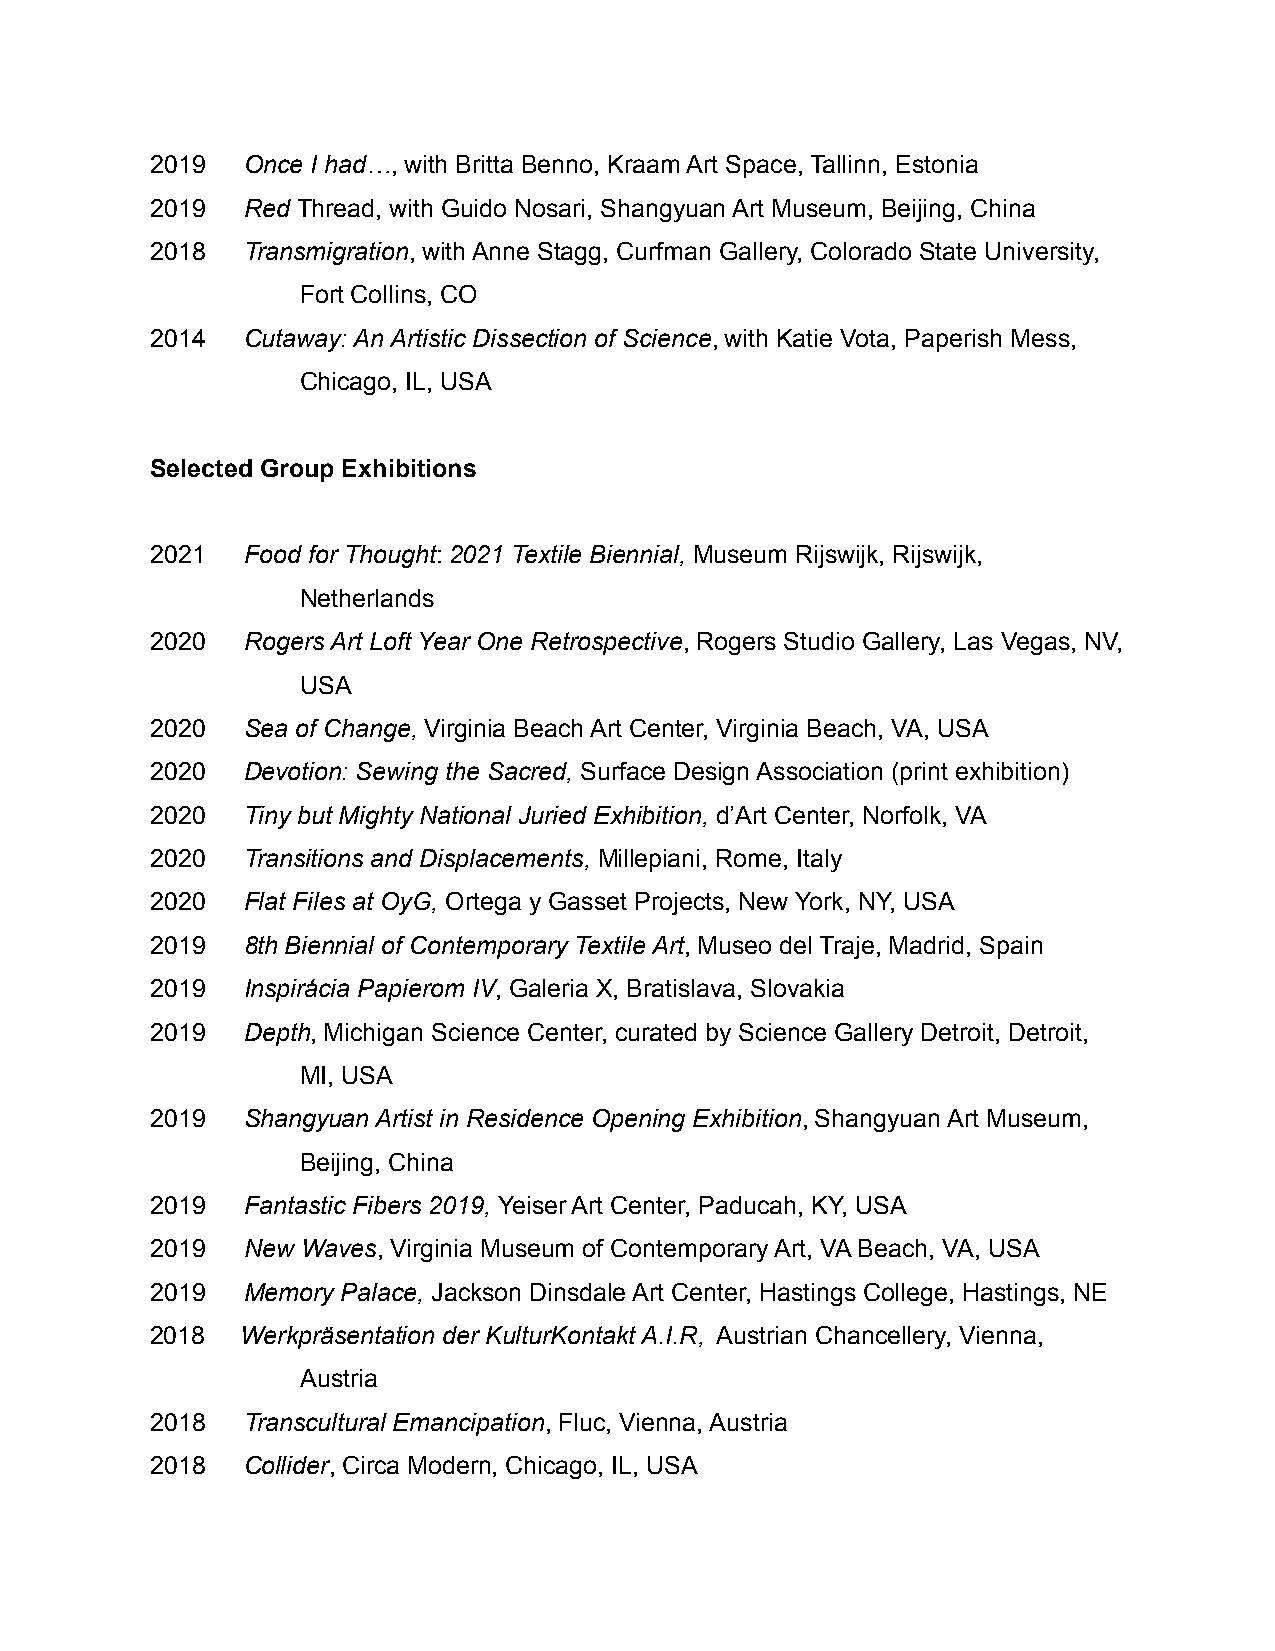
2019  Once I had…, with Britta Benno, Kraam Art Space, Tallinn, Estonia
 2019  Red Thread, with Guido Nosari, Shangyuan Art Museum, Beijing, China
 2018  Transmigration, with Anne Stagg, Curfman Gallery, Colorado State University,
 Fort Collins, CO
 2014  Cutaway: An Artistic Dissection of Science, with Katie Vota, Paperish Mess,
 Chicago, IL, USA
 Selected Group Exhibitions
 2021  Food for Thought: 2021 Textile Biennial, Museum Rijswijk, Rijswijk,
 Netherlands
 2020  Rogers Art Loft Year One Retrospective, Rogers Studio Gallery, Las Vegas, NV,
 USA
 2020  Sea of Change, Virginia Beach Art Center, Virginia Beach, VA, USA
 2020  Devotion: Sewing the Sacred, Surface Design Association (print exhibition)
 2020  Tiny but Mighty National Juried Exhibition, d’Art Center, Norfolk, VA
 2020  Transitions and Displacements, Millepiani, Rome, Italy
 2020  Flat Files at OyG, Ortega y Gasset Projects, New York, NY, USA
 2019  8th Biennial of Contemporary Textile Art, Museo del Traje, Madrid, Spain
 2019  Inspirácia Papierom IV, Galeria X, Bratislava, Slovakia
 2019  Depth, Michigan Science Center, curated by Science Gallery Detroit, Detroit,
 MI, USA
 2019  Shangyuan Artist in Residence Opening Exhibition, Shangyuan Art Museum,
 Beijing, China
 2019  Fantastic Fibers 2019, Yeiser Art Center, Paducah, KY, USA
 2019  New Waves, Virginia Museum of Contemporary Art, VA Beach, VA, USA
 2019  Memory Palace, Jackson Dinsdale Art Center, Hastings College, Hastings, NE
 2018  Werkpräsentation der KulturKontakt A.I.R, Austrian Chancellery, Vienna,
 Austria
 2018  Transcultural Emancipation, Fluc, Vienna, Austria
 2018  Collider, Circa Modern, Chicago, IL, USA